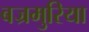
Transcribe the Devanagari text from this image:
बज्रमुरिया